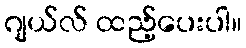
ဂျယ်လ် ထည့်ပေးပါ။